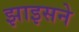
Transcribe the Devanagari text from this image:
झाइसने